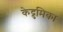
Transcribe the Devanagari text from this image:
केद्रुमिका